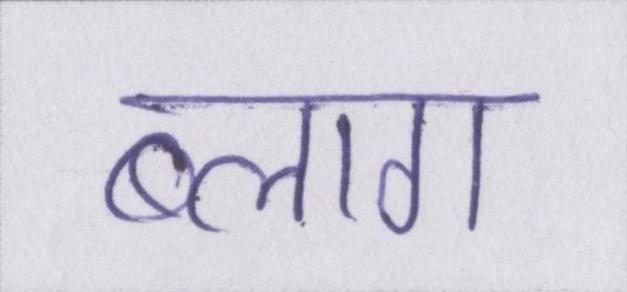
ब्लाग